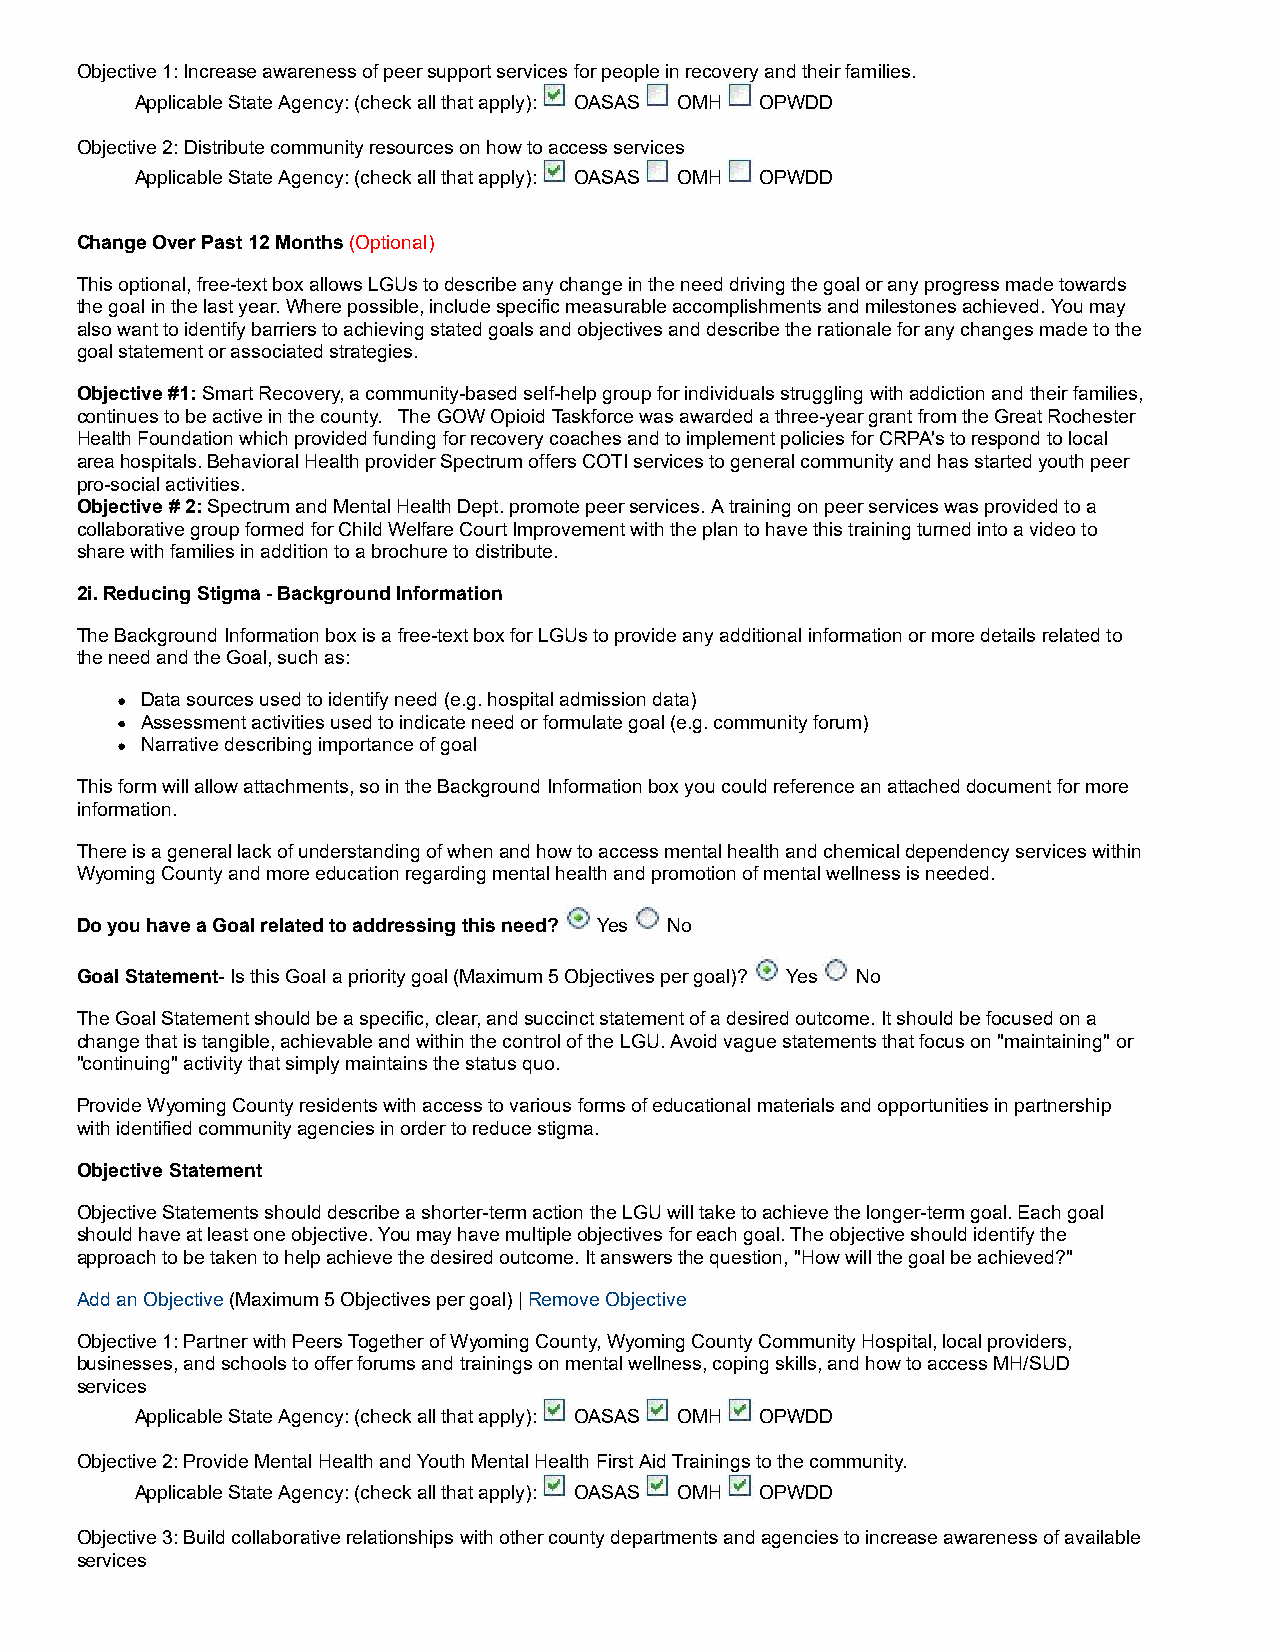
Objective 1: Increase awareness of peer support services for people in recovery and their families.
 Applicable State Agency: (check all that apply): OASAS OMH OPWDD
 Objective 2: Distribute community resources on how to access services
 Applicable State Agency: (check all that apply): OASAS OMH OPWDD
 Change Over Past 12 Months (Optional)
 This optional, free-text box allows LGUs to describe any change in the need driving the goal or any progress made towards
 the goal in the last year. Where possible, include specific measurable accomplishments and milestones achieved. You may
 also want to identify barriers to achieving stated goals and objectives and describe the rationale for any changes made to the
 goal statement or associated strategies.
 Objective #1: Smart Recovery, a community-based self-help group for individuals struggling with addiction and their families,
 continues to be active in the county. The GOW Opioid Taskforce was awarded a three-year grant from the Great Rochester
 Health Foundation which provided funding for recovery coaches and to implement policies for CRPA's to respond to local
 area hospitals. Behavioral Health provider Spectrum offers COTI services to general community and has started youth peer
 pro-social activities.
 Objective # 2: Spectrum and Mental Health Dept. promote peer services. A training on peer services was provided to a
 collaborative group formed for Child Welfare Court Improvement with the plan to have this training turned into a video to
 share with families in addition to a brochure to distribute.
 2i. Reducing Stigma - Background Information
 The Background Information box is a free-text box for LGUs to provide any additional information or more details related to
 the need and the Goal, such as:
 Data sources used to identify need (e.g. hospital admission data)
 Assessment activities used to indicate need or formulate goal (e.g. community forum)
 Narrative describing importance of goal
 This form will allow attachments, so in the Background Information box you could reference an attached document for more
 information.
 There is a general lack of understanding of when and how to access mental health and chemical dependency services within
 Wyoming County and more education regarding mental health and promotion of mental wellness is needed.
 Do you have a Goal related to addressing this need? Yes No
 Goal Statement- Is this Goal a priority goal (Maximum 5 Objectives per goal)? Yes No
 The Goal Statement should be a specific, clear, and succinct statement of a desired outcome. It should be focused on a
 change that is tangible, achievable and within the control of the LGU. Avoid vague statements that focus on "maintaining" or
 "continuing" activity that simply maintains the status quo.
 Provide Wyoming County residents with access to various forms of educational materials and opportunities in partnership
 with identified community agencies in order to reduce stigma.
 Objective Statement
 Objective Statements should describe a shorter-term action the LGU will take to achieve the longer-term goal. Each goal
 should have at least one objective. You may have multiple objectives for each goal. The objective should identify the
 approach to be taken to help achieve the desired outcome. It answers the question, "How will the goal be achieved?"
 Add an Objective (Maximum 5 Objectives per goal) | Remove Objective
 Objective 1: Partner with Peers Together of Wyoming County, Wyoming County Community Hospital, local providers,
 businesses, and schools to offer forums and trainings on mental wellness, coping skills, and how to access MH/SUD
 services
 Applicable State Agency: (check all that apply): OASAS OMH OPWDD
 Objective 2: Provide Mental Health and Youth Mental Health First Aid Trainings to the community.
 Applicable State Agency: (check all that apply): OASAS OMH OPWDD
 Objective 3: Build collaborative relationships with other county departments and agencies to increase awareness of available
 services